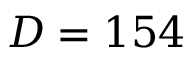
D = 1 5 4